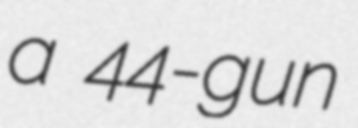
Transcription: a 44-gun